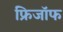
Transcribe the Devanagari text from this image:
फ्रिजॉफ